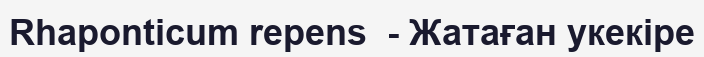
Rhaponticum repens  - Жатаған укекіре